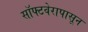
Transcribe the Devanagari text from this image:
सॉफ्टवेरापासून